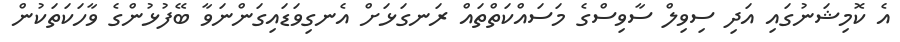
އެ ކޮމިޝަނުގައި އަދި ސިވިލް ސާވިސްގެ މަސައްކަތްތައް ރަނގަޅަށް އެނގިވަޑައިގަންނަވާ ބޭފުޅުންގެ ވާހަކަތަކުން